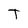
Character: T